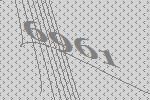
6961